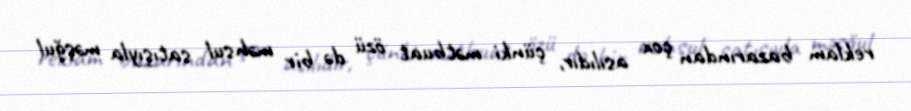
reklam bazarından çox asılıdır, çünki mətbuat özü də bir məhsul satışıyla məşğul